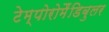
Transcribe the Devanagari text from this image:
टेम्पोरोमैंडिबुलर